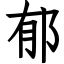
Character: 郁